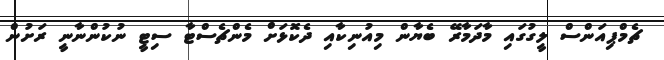
ޗެމްޕިއަންސް ލީގުގައި މާދަމާރޭ ބެޔާން މިއުނިކާއި ދެކޮޅަށް މެންޗެސްޓާ ސިޓީ ނުކުންނާނީ ރަށުން